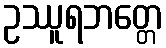
ဥဿူရဘတ္တေ